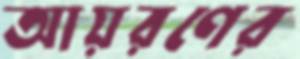
আয়রণের